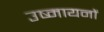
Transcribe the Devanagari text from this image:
उष्मायनों